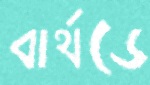
বার্থডে